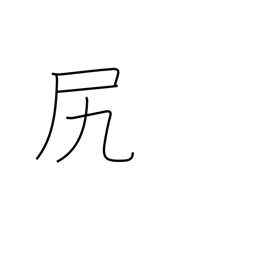
Meaning: rear